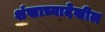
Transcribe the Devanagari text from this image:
शंखाच्यादेखील